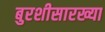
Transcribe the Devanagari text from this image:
बुरशीसारख्या